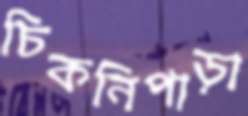
চিকনিপাড়া